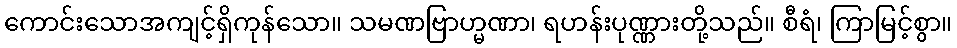
ကောင်းသောအကျင့်ရှိကုန်သော။ သမဏဗြာဟ္မဏာ၊ ရဟန်းပုဏ္ဏားတို့သည်။ စီရံ၊ ကြာမြင့်စွာ။